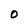
Character: 0